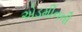
એડમીનની